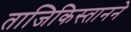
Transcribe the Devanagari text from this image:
ताजिकिस्तानने